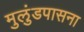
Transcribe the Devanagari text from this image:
मुलुंडपासना